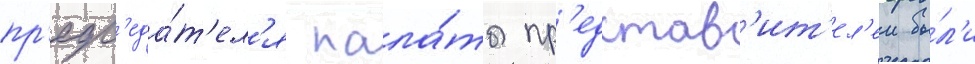
пр'едс'еда́т'ел'я пала́ты пр'едстав'ит'ел'еи бы́л'и